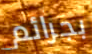
بجرائم